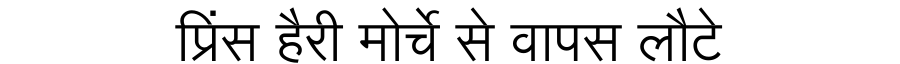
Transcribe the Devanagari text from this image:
प्रिंस हैरी मोर्चे से वापस लौटे